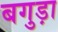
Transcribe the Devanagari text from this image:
बगुड़ा